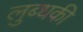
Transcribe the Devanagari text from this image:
लुब्धकी